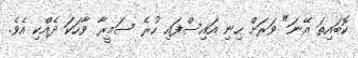
ކޮބައިތަ އޭނަ" ވަރަށް ހިނި އައިސްފައި ހުރެ ސަމީރާ ވާހަކަ ދެއްކި އެވެ.